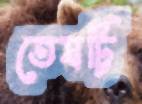
তেষট্টি